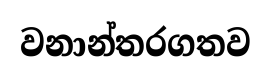
වනාන්තරගතව